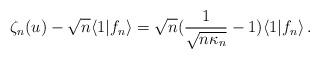
LaTeX: \begin{align*} \zeta_n(u) - \sqrt{n} \langle 1 | f_n \rangle = \sqrt{n} ( \frac{1}{ \sqrt{ n \kappa_n}} - 1 ) \langle 1 | f_n \rangle \, .\end{align*}